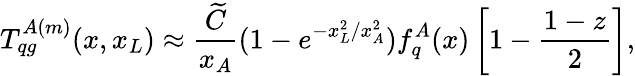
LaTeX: T_{qg}^{A(m)}(x,x_{L})\approx\frac{\widetilde{C}}{x_{A}}(1-e^{-x_{L}^{2}/x_{A}^{2}})f_{q}^{A}(x)\left[1-\frac{1-z}{2}\right],